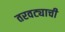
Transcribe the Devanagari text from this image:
तरवट्याची